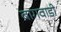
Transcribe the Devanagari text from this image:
बागवाडी